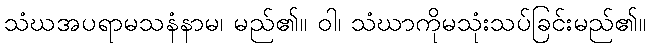
သံဃအပရာမသနံနာမ၊ မည်၏။ ဝါ၊ သံဃာကိုမသုံးသပ်ခြင်းမည်၏။